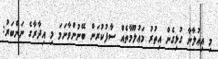
މި އިޢުލާނާ ގުޅިގެން އިތުރު މަޢުލޫމާތެއް ސާފުކުރަން ބޭނުންވާނަމަ މި އިދާރާގެ ނަންބަރު: